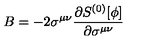
B = - 2 \sigma ^ { \mu \nu } { \frac { \partial S ^ { ( 0 ) } [ \phi ] } { \partial \sigma ^ { \mu \nu } } }